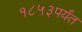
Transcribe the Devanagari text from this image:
१८५३पर्यंत